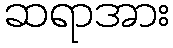
ဆရာအား